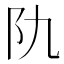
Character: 𨸒